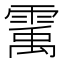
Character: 䨞